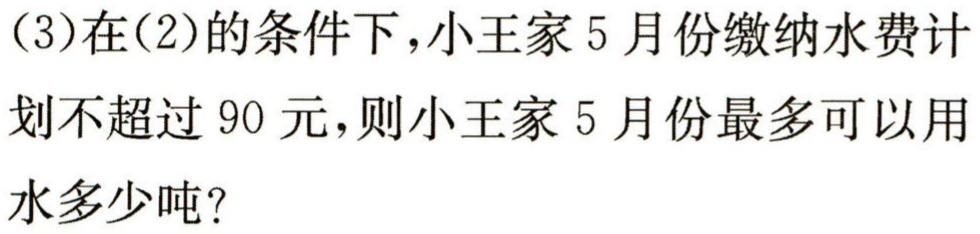
(3)在(2)的条件下，小王家5月份缴纳水费计划不超过90元，则小王家5月份最多可以用水多少吨?